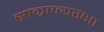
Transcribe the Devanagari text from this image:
साम्राज्यरक्षा